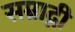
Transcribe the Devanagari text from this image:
सम्राद्नी